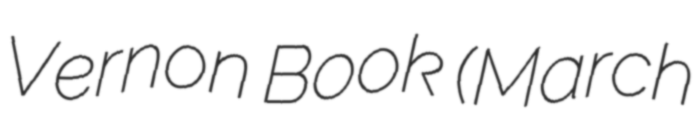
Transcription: Vernon Book (March